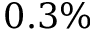
0 . 3 \%